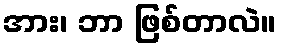
အား၊ ဘာ ဖြစ်တာလဲ။